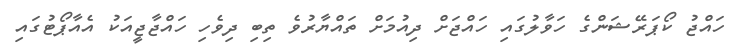
ހައްޖު ކޯޕަރޭޝަންގެ ހަވާލުގައި ހައްޖަށް ދިއުމަށް ތައްޔާރުވެ ތިބި ދިވެހި ހައްޖާޖީއަކު އެއާޕޯޓުގައި